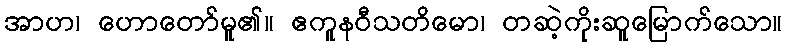
အာဟ၊ ဟောတော်မူ၏။ ဧကူနဝီသတိမော၊ တဆဲ့ကိုးဆူမြောက်သော။